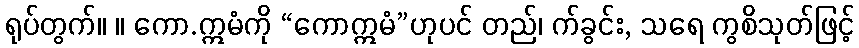
ရုပ်တွက်။ ။ ကော.ဣမံကို “ကောဣမံ”ဟုပင် တည်၊ က်ခွင်း, သရေ ကွစိသုတ်ဖြင့်